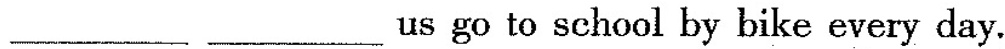
___ ___us go to school by bike every day.